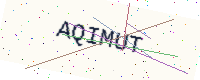
Text: AQIMUT